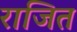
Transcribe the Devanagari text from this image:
राजित